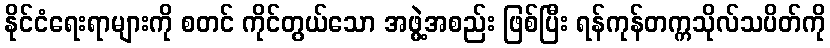
နိုင်ငံရေးရာများကို စတင် ကိုင်တွယ်သော အဖွဲ့အစည်း ဖြစ်ပြီး ရန်ကုန်တက္ကသိုလ်သပိတ်ကို